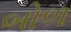
બોળ